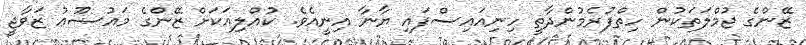
ޒޭންގެ ޖުމްލަތަކުން ހިތްފުރެމުންދާތީ ހިނިއައިސްފައި ޔާނާ އިނީއެވެ. ކުއްލިއަކަށް ޒޭންގެ މައުޟޫޢު ޒަވާޖީ